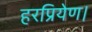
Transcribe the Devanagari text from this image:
हरप्रियेण।